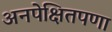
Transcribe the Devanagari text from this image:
अनपेक्षितपणा